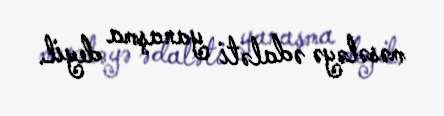
məsələyə ədaləti yanaşma deyil.